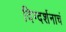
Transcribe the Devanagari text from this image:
दिग्दर्शनाचं